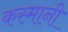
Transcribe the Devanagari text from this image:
कस्मानी